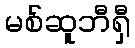
မစ်ဆူဘီရှီ